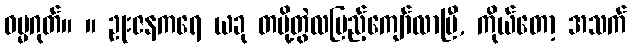
ဓမ္မဂုတ်။ ။ ဥုးဇနကရေ ယခု တပို့တွဲလပြည့်ကျော်လာပြီ, ကိုယ်တော့ အသက်